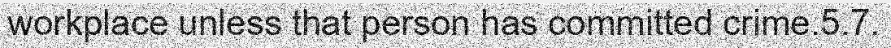
workplace unless that person has committed crime.5.7.